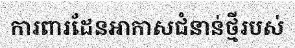
ការពារដែនអាកាសជំនាន់ថ្មីរបស់